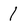
Character: l